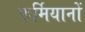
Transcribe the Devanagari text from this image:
फर्मियानों